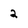
Character: 2